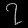
Digit: ၇